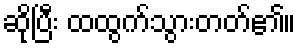
ဆိုပြီး ထထွက်သွားတတ်၏။